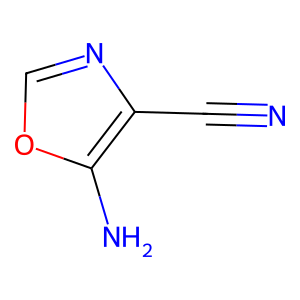
SMILES: N#Cc1ncoc1N
Inhibits HIV replication: No